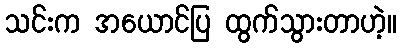
သင်းက အယောင်ပြ ထွက်သွားတာဟဲ့။